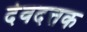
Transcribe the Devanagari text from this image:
देवदत्तक